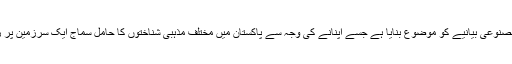
زیرنظرمضمون میں انہوں نے اس مصنوعی بیانیے کو موضوع بنایا ہے جسے اپنانے کی وجہ سے پاکستان میں مختلف مذہبی شناختوں کا حامل سماج ایک سرزمین پر رہنے کے باوجود تقسیم کا شکارہے۔